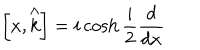
LaTeX: \left[ x , \stackrel { \wedge } { k } \right] = i \cosh \frac { i } { 2 } \frac { d } { d x }